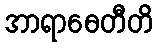
အာရာဓေတီတိ